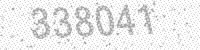
Solution: 338041